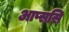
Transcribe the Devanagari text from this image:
आप्ससि